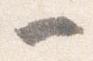
一